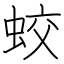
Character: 蛟